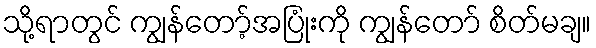
သို့ရာတွင် ကျွန်တော့်အပြုံးကို ကျွန်တော် စိတ်မချ။